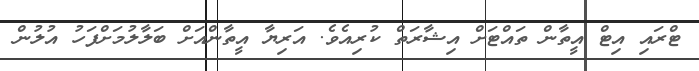
ޓްރައި އިޓް އީތާން ތައްޓަށް އިޝާރަތް ކުރިއެވެ. އަރިޔާ އީތާންއަށް ބަލާލުމަށްފަހު އުލުން